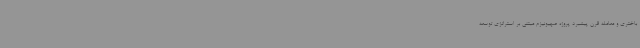
باختری و معامله قرن پیشبرد پروژه صهیونیزم مبتنی بر استراتژی توسعه